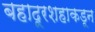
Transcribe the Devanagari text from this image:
बहादूरशहाकडून